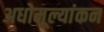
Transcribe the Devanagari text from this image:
अधोमूल्यांकन